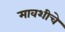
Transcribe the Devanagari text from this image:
मावशीचे